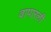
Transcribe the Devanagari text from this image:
वापारली